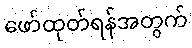
ဖော်ထုတ်ရန်အတွက်